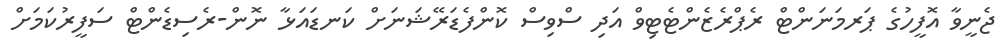
ޖެނީވާ އޮފީހުގެ ޕަރމަނަންޓް ރެޕްރެޒެންޓެޓިވް އަދި ސްވިސް ކޮންފެޑަރޭޝަނަށް ކަނޑައަޅާ ނޮން-ރެސިޑެންޓް ސަފީރުކަމަށް